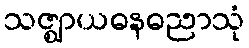
သဇ္ဈာယဓနဓညာသုံ